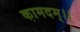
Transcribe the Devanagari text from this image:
कामदम्।।